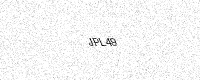
Text: JPL49